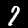
Digit: 7